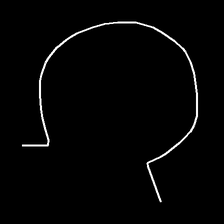
Glyph: weave